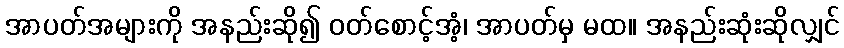
အာပတ်အများကို အနည်းဆို၍ ဝတ်စောင့်အံ့၊ အာပတ်မှ မထ။ အနည်းဆုံးဆိုလျှင်